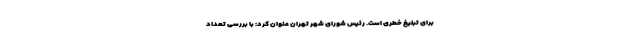
برای تبلیغ خطری است. رئیس شورای شهر تهران عنوان کرد: با بررسی تعداد